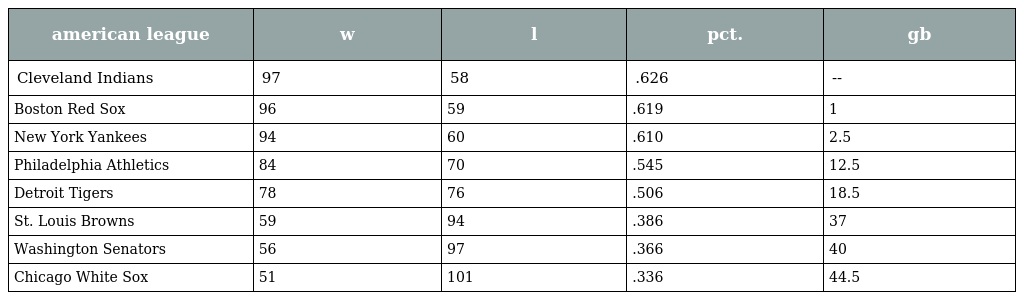
| american league | w | l | pct. | gb |
 | --- | --- | --- | --- | --- |
 | Cleveland Indians | 97 | 58 | .626 | -- |
 | Boston Red Sox | 96 | 59 | .619 | 1 |
 | New York Yankees | 94 | 60 | .610 | 2.5 |
 | Philadelphia Athletics | 84 | 70 | .545 | 12.5 |
 | Detroit Tigers | 78 | 76 | .506 | 18.5 |
 | St. Louis Browns | 59 | 94 | .386 | 37 |
 | Washington Senators | 56 | 97 | .366 | 40 |
 | Chicago White Sox | 51 | 101 | .336 | 44.5 |